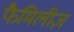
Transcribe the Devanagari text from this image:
फैमिलीज़